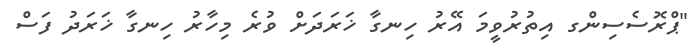
"ޕްރޮސެސިންގ އިތުރުވީމަ އޭރު ހިނގާ ޚަރަދަށް ވުރެ މިހާރު ހިނގާ ޚަރަދު ފަސް